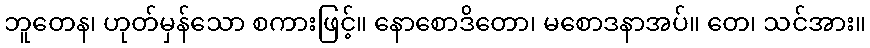
ဘူတေန၊ ဟုတ်မှန်သော စကားဖြင့်။ နောစောဒိတော၊ မစောဒနာအပ်။ တေ၊ သင်အား။